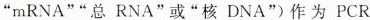
”mRNA””总RNA”或”核DNA”)作为PCR